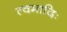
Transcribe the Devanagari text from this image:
त्वमादिः